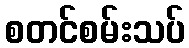
စတင်စမ်းသပ်